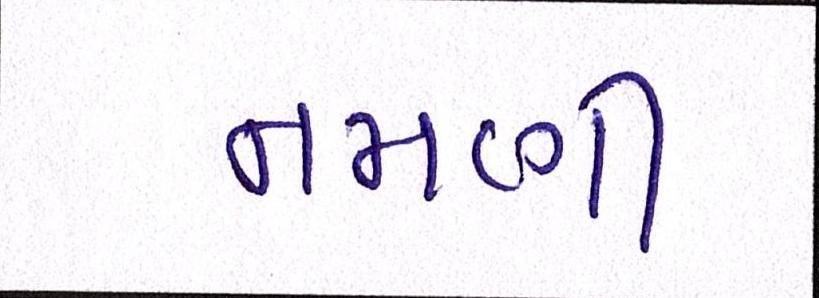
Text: નમણી